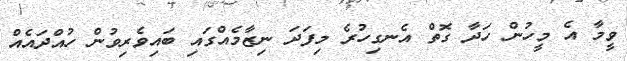
ވީމާ އެ މީހުން ހަދާ ގޮތް އެނގިހުރެ މިފަދަ ނިޒާމެއްގައި ބައިވެރިވުން ހުއްދައެއް